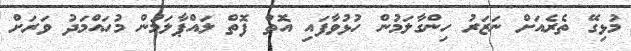
މުޅިގޭ ތެރެއަށް ނަޒަރު ހިންގާލަމުން ހުޅުވާފައި އޮތް ފޮތް ލައްޕާލަމުން މުހައްމަދު ވަރަށް